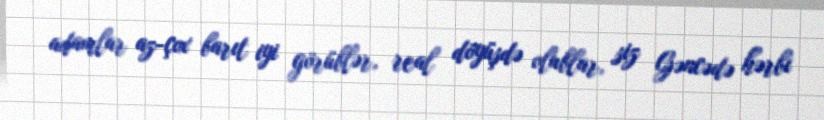
adamlar az-çox barıt iyi görüblər, real döyüşdə olublar, siz Gəncədə hərbi